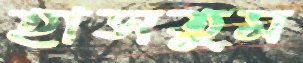
হাসতুম